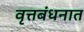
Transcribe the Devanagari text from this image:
वृत्तबंधनात